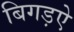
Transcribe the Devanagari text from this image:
बिगड़ऐ